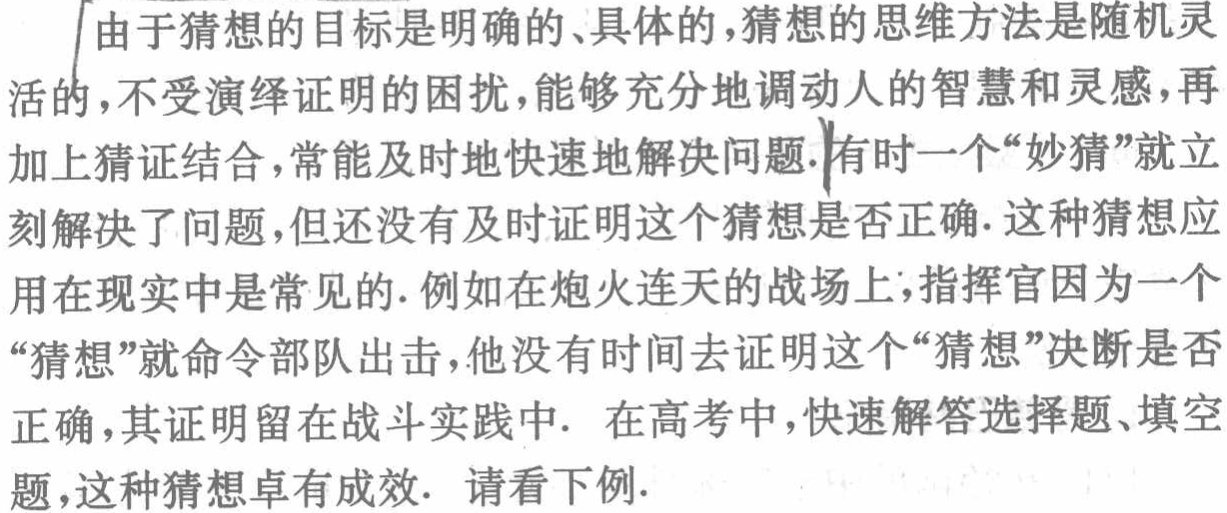
由于猜想的目标是明确的、具体的,猜想的思维方法是随机灵活的,不受演绎证明的困扰,能够充分地调动人的智慧和灵感,再加上猜证结合,常能及时地快速地解决问题.有时一个“妙猜”就立刻解决了问题,但还没有及时证明这个猜想是否正确. 这种猜想应用在现实中是常见的. 例如在炮火连天的战场上,指挥官因为一个“猜想”就命令部队出击,他没有时间去证明这个“猜想”决断是否正确,其证明留在战斗实践中. 在高考中,快速解答选择题、填空题,这种猜想卓有成效. 请看下例.